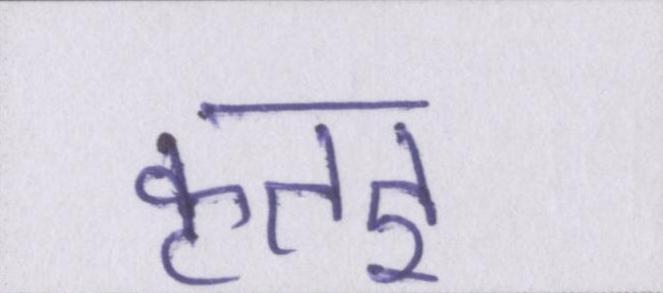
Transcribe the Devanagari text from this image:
कृतज्ञ